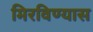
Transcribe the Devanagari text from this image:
मिरविण्यास